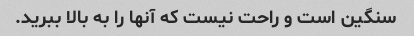
سنگین است و راحت نیست که آنها را به بالا ببرید.